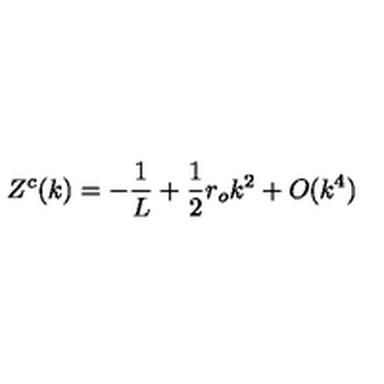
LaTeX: Z ^ { c } ( k ) = - \frac { 1 } { L } + \frac { 1 } { 2 } r _ { o } k ^ { 2 } + O ( k ^ { 4 } )